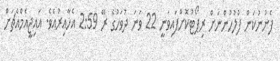
ފެނުނުކަން ފުލުހުންނަށް ރިޕޯޓުކޮށްފައިވަނީ 22 ވަނަ ދުވަހުގެ ރޭ 2:59 އެހާއިރުއެވެ. އައިޖީއެމްއެޗަށް